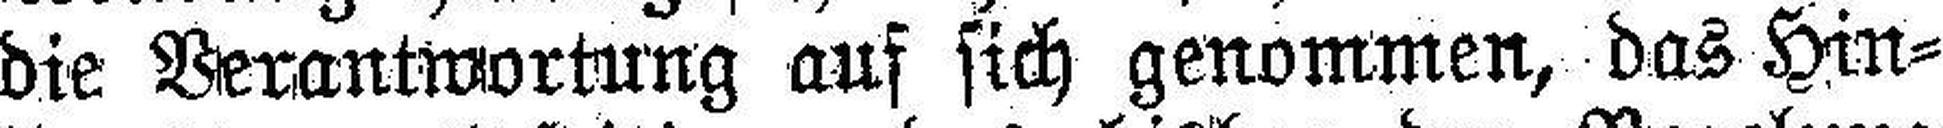
die Verantwortung auf sich genommen, das Hin¬